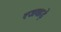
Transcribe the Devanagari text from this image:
रजवाडे़